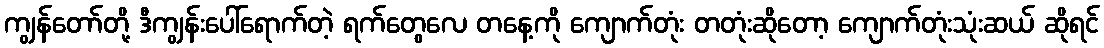
ကျွန်တော်တို့ ဒီကျွန်းပေါ်ရောက်တဲ့ ရက်တွေလေ တနေ့ကို ကျောက်တုံး တတုံးဆိုတော့ ကျောက်တုံးသုံးဆယ် ဆိုရင်